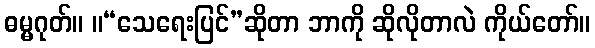
ဓမ္မဂုတ်။ ။“သေရေးပြင်”ဆိုတာ ဘာကို ဆိုလိုတာလဲ ကိုယ်တော်။